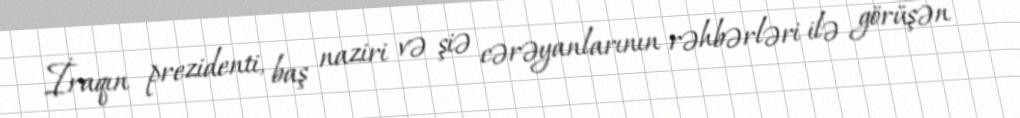
İraqın prezidenti, baş naziri və şiə cərəyanlarının rəhbərləri ilə görüşən